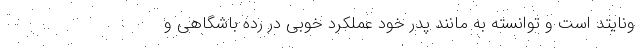
ونایتد است و توانسته به مانند پدر خود عملکرد خوبی در رده باشگاهی و